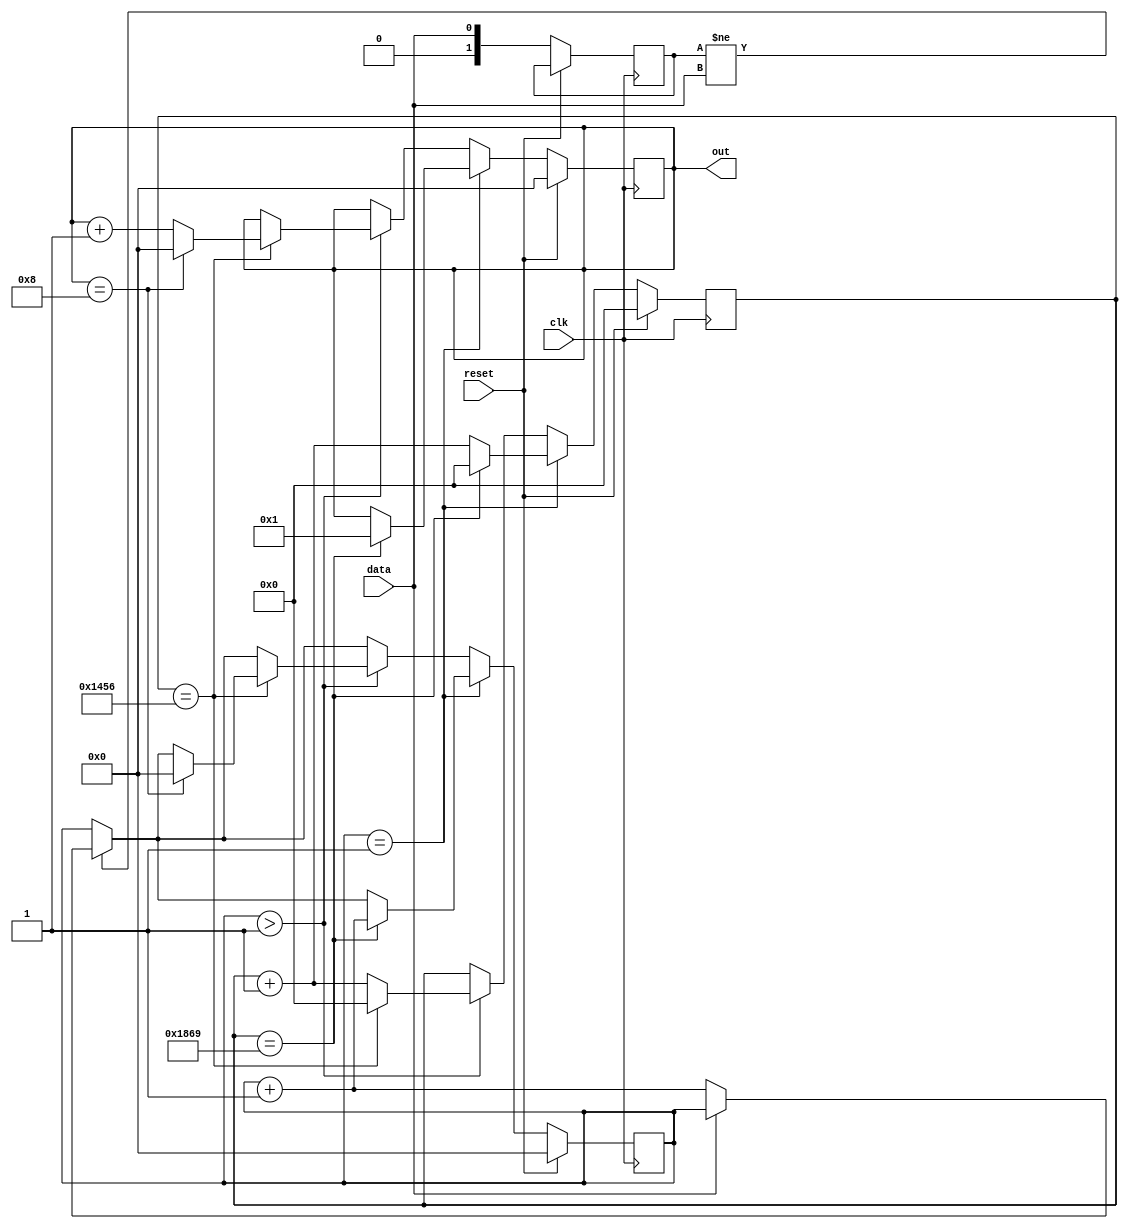
module split_freq(
                  input   wire          reset,
                  input   wire          clk,
                  input   wire          data,
                  output  reg    [3:0]  out

);
reg [1:0]  prev_data = 0;
reg [12:0] count     = 0;
reg [3:0]  j         = 0;
 
initial begin
	out <= 0;
end

always @(posedge clk) begin
	if (reset) begin
		count <= 0;
		out   <= 0;
		j     <= 0;
	end else begin                 // proverka na stop bit    
		prev_data <= data;
		if (prev_data != data)begin // smotrim na izmenenie porta dannih
			if (data == 0) begin     // proverka na stop bit
				j <= j + 1;           
			end
		end
		if (j == 1) begin           // esli stop bit naiden, 
			if (count == 6249) begin // zdem poltora perioda, chtobi okazat'sya v seredine nulevogo informacionnogo bita
				j     <= j + 1;
				out   <= 1;           // signal o tom, chto seredina nulevogo informacionnogo bita dostignuta
				count <= 0;
			end else begin
				count <= count + 1;
			end
		end
//  
		else if (j > 1) begin       // operacia dlay vseh bitov posle nulevigo
			if (count == 5206) begin // zdem period, chtobi okazat'sya v seredine informacionnogo bita
				count <= 0;
				if (out == 8) begin   // kogda schitali vse biti
					out <=  0;
					j   <=  0;
				end else begin
					out <= out + 1;   // signal o tom, chto seredina informacionnogo bita dostignuta
				end                
			end else begin 
				count <= count + 1;
			end
		end
	end
end

endmodule